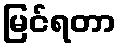
မြင်ရတာ